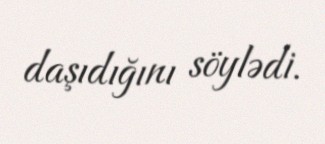
daşıdığını söylədi.